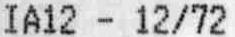
IA12 - 12/72